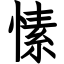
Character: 愫